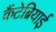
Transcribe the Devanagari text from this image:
कैंटेब्रियाई